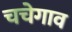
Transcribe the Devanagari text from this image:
चचेगाव